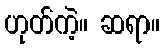
ဟုတ်ကဲ့။ ဆရာ။